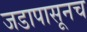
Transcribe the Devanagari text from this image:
जडापासूनच